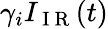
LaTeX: \gamma_{i}I_{\mathrm{~I~R~}}(t)